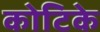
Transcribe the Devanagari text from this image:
कोटिके